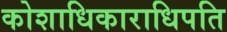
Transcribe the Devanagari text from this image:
कोशाधिकाराधिपति